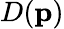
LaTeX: D(\mathbf{p})